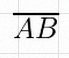
\overline{AB}